Vaccination in Burma 1920-1933 - 1920-1933
Year: 1920
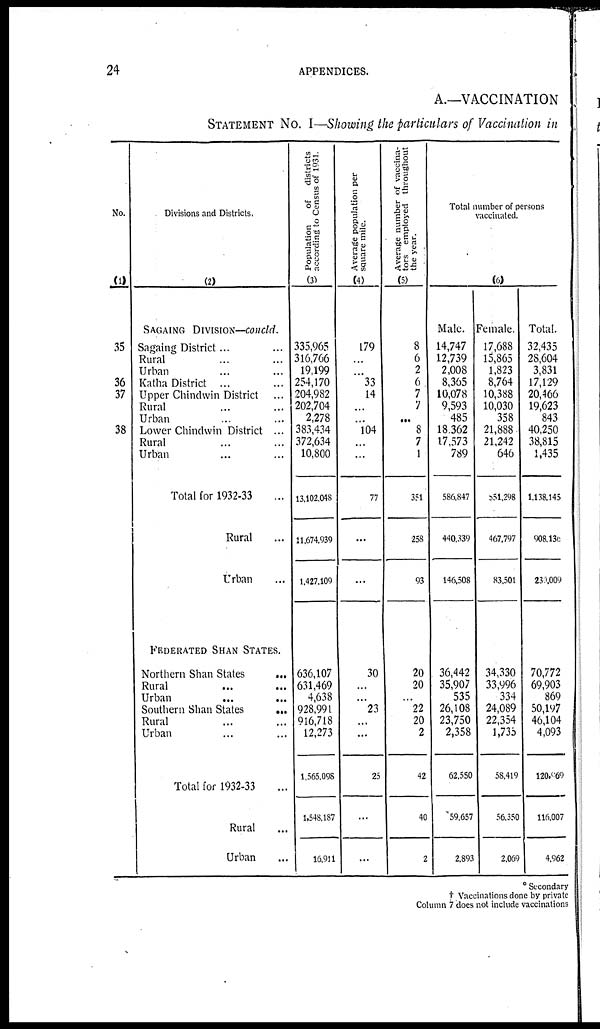
24
APPENDICES.
A.—VACCINATION
STATEMENT No. I—Showing the particulars of Vaccination in
No.
(1)
35
36
37
38
Divisions and Districts.
(2)
SAGAING DIVISION—concld.
Sagaing District... ...
Rural... ...
Urban... ...
Katha District... ...
Upper Chindwin
District...
Rural... ...
Urban... ...
Lower Chindwin District ...
Rural... ...
Urban... ...
Total for 1932-33...
Rural... ...
Urban... ...
FEDERATED SHAN STATES.
Northern Shan States...
Rural... ...
Urban...
...
Southern Shan States ...
Rural... ...
Urban... ...
Total for 1932-33...
Rural... ...
Urban... ...
Population
of districts
according to Census of 1931.
(3)
335,965
316,766
19,199
254,170
204,982
202,704
2,278
383,434
372,634
10,800
13,102,048
11,674,939
1,427,109
636,107
631,469
4,638
928,991
916,718
12,273
1,565,098
1,548,187
16,911
Average population per
square mile.
(4)
179
...
...
33
14
...
...
104
...
...
77
...
...
30
...
...
23
...
...
25
...
...
Average number of vaccina-
tors employed throughout
the year.
(5)
8
6
2
6
7
7
...
8
7
1
351
258
93
20
20
...
22
20
2
42
40
2
Total number of persons
vaccinated.
(6)
Male.
14,747
12,739
2,008
8,365
10,078
9,593
485
18,362
17,573
789
586,847
440,339
146,508
36,442
35,907
535
26,108
23,750
2,358
62,550
59,657
2,893
Female.
17,688
15,865
1,823
8,764
10,388
10,030
358
21,888
21,242
646
551,298
467,797
83,501
34,330
33,996
334
24,089
22,354
1,735
58,419
56,350
2,069
Total.
32,435
28,604
3,831
17,129
20,466
19,623
843
40,250
38,815
1,435
1,138,145
908,130
239,009
70,772
69,903
869
50,197
46,104
4,093
120,069
116,007
4,962
* Secondary
† Vaccinations done by private
Column 7 does not include vaccinations